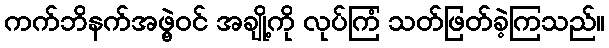
ကက်ဘိနက်အဖွဲ့ဝင် အချို့ကို လုပ်ကြံ သတ်ဖြတ်ခဲ့ကြသည်။